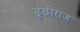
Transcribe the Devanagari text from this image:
ढुंढीराज